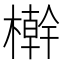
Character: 檊